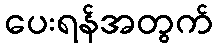
ပေးရန်အတွက်